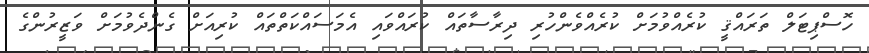
ހޮސްޕިޓަލް ތަރައްޤީ ކުރެއްވުމަށް ކުރެއްވެންހުރި ދިރާސާތައް ކުރައްވައި އެމަސައްކަތްތައް ކުރިއަށް ގެންދެވުމަށް ވަޒީރުންގެ